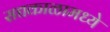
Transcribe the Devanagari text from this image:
सद्यकाळामध्ये